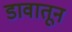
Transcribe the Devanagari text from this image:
डावातून